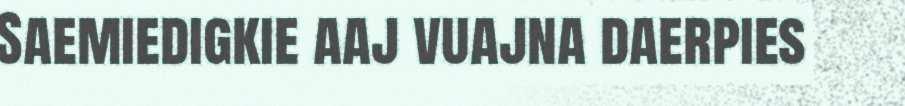
Saemiedigkie aaj vuajna daerpies